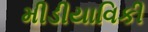
મીડીયાવિકી